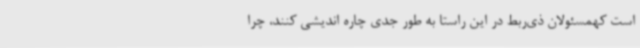
است کهمسئولان ذی‌ربط در این راستا به طور جدی چاره‌ اندیشی کنند، چرا